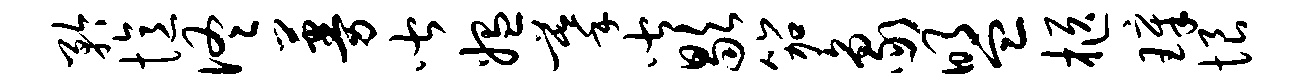
矜忆佟蔓皆媪摹皆歇笳象盟柩璋恨